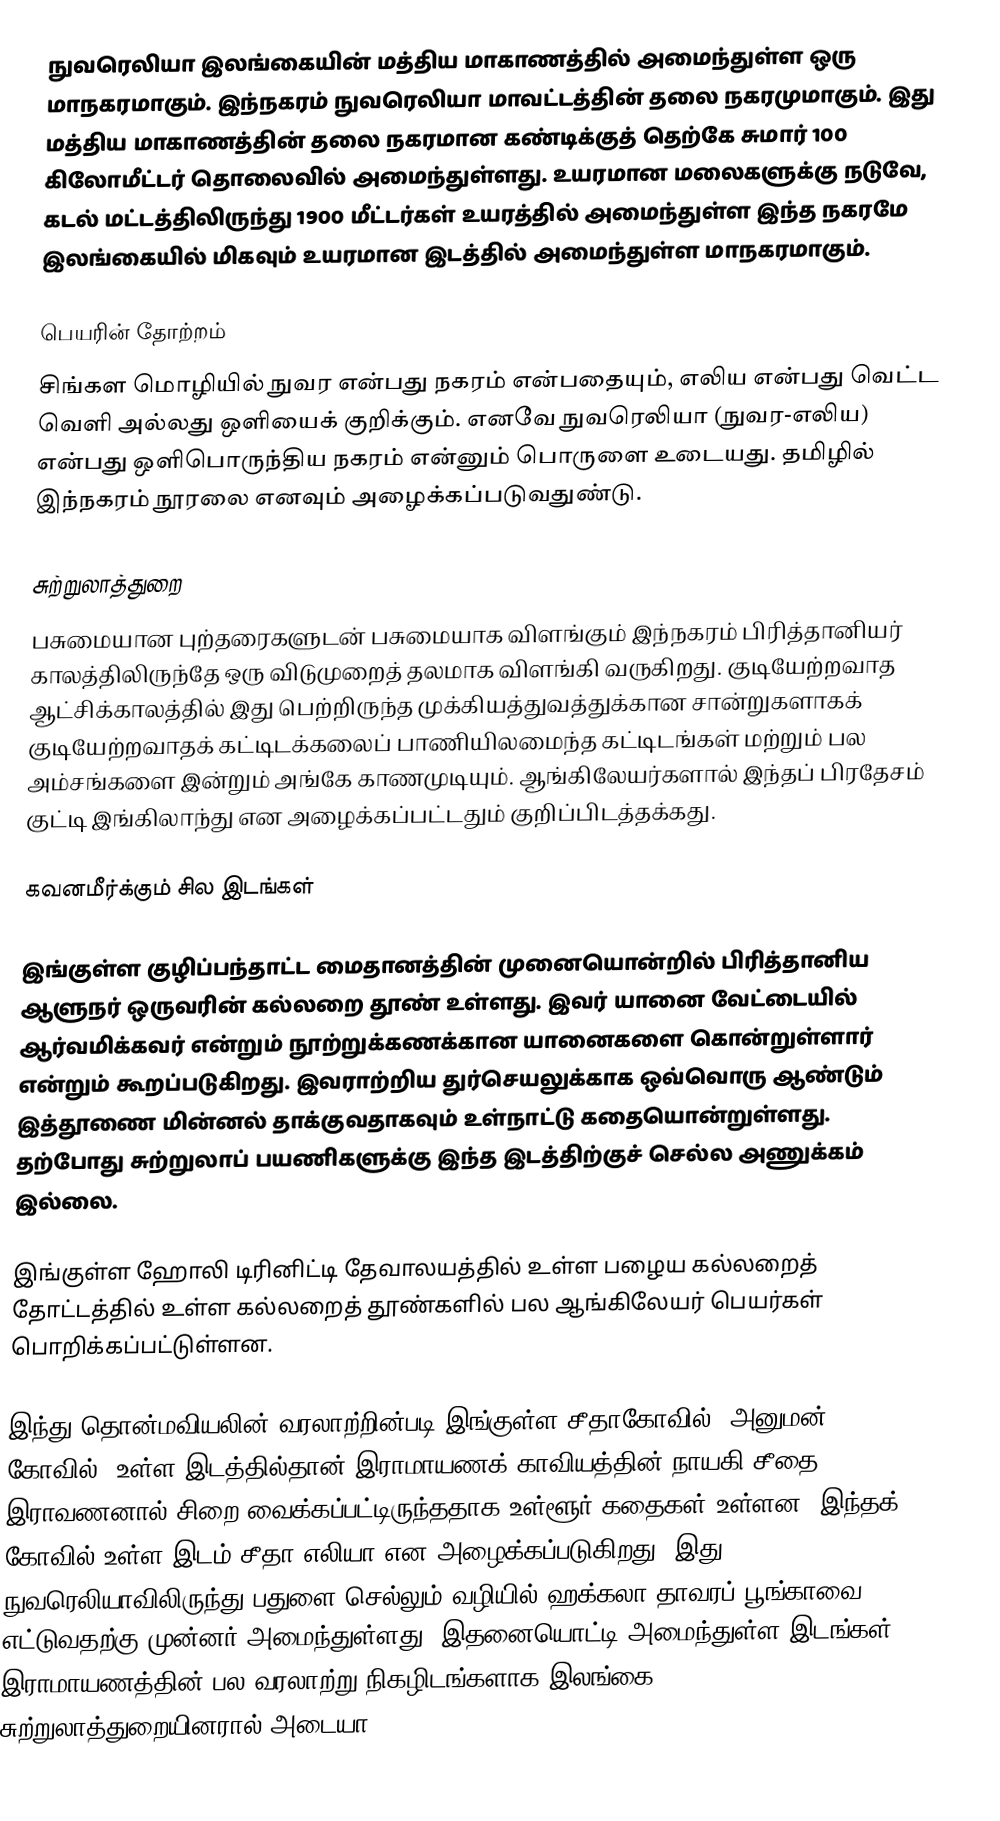
நுவரெலியா இலங்கையின் மத்திய மாகாணத்தில் அமைந்துள்ள ஒரு மாநகரமாகும். இந்நகரம் நுவரெலியா மாவட்டத்தின் தலை நகரமுமாகும். இது மத்திய மாகாணத்தின் தலை நகரமான கண்டிக்குத் தெற்கே சுமார் 100 கிலோமீட்டர் தொலைவில் அமைந்துள்ளது. உயரமான மலைகளுக்கு நடுவே, கடல் மட்டத்திலிருந்து 1900 மீட்டர்கள் உயரத்தில் அமைந்துள்ள இந்த நகரமே இலங்கையில் மிகவும் உயரமான இடத்தில் அமைந்துள்ள மாநகரமாகும்.

பெயரின் தோற்றம்
சிங்கள மொழியில் நுவர என்பது நகரம் என்பதையும், எலிய என்பது வெட்ட வெளி அல்லது  ஒளியைக்  குறிக்கும். எனவே நுவரெலியா (நுவர-எலிய) என்பது ஒளிபொருந்திய நகரம் என்னும் பொருளை உடையது. தமிழில் இந்நகரம் நூரலை எனவும் அழைக்கப்படுவதுண்டு.

சுற்றுலாத்துறை
பசுமையான புற்தரைகளுடன் பசுமையாக விளங்கும் இந்நகரம் பிரித்தானியர் காலத்திலிருந்தே ஒரு விடுமுறைத் தலமாக விளங்கி வருகிறது. குடியேற்றவாத ஆட்சிக்காலத்தில் இது பெற்றிருந்த முக்கியத்துவத்துக்கான சான்றுகளாகக் குடியேற்றவாதக் கட்டிடக்கலைப் பாணியிலமைந்த கட்டிடங்கள் மற்றும் பல அம்சங்களை இன்றும் அங்கே காணமுடியும். ஆங்கிலேயர்களால் இந்தப் பிரதேசம் குட்டி இங்கிலாந்து என அழைக்கப்பட்டதும் குறிப்பிடத்தக்கது.

கவனமீர்க்கும் சில  இடங்கள்

இங்குள்ள குழிப்பந்தாட்ட மைதானத்தின் முனையொன்றில் பிரித்தானிய ஆளுநர் ஒருவரின் கல்லறை தூண் உள்ளது. இவர் யானை வேட்டையில் ஆர்வமிக்கவர் என்றும் நூற்றுக்கணக்கான யானைகளை கொன்றுள்ளார் என்றும் கூறப்படுகிறது. இவராற்றிய துர்செயலுக்காக ஒவ்வொரு ஆண்டும் இத்தூணை மின்னல் தாக்குவதாகவும் உள்நாட்டு கதையொன்றுள்ளது. தற்போது சுற்றுலாப் பயணிகளுக்கு இந்த இடத்திற்குச் செல்ல அணுக்கம் இல்லை.

இங்குள்ள ஹோலி டிரினிட்டி தேவாலயத்தில் உள்ள பழைய கல்லறைத் தோட்டத்தில் உள்ள கல்லறைத் தூண்களில் பல ஆங்கிலேயர் பெயர்கள் பொறிக்கப்பட்டுள்ளன.

இந்து தொன்மவியலின் வரலாற்றின்படி இங்குள்ள சீதாகோவில் (அனுமன் கோவில்) உள்ள இடத்தில்தான் இராமாயணக் காவியத்தின் நாயகி சீதை இராவணனால் சிறை வைக்கப்பட்டிருந்ததாக உள்ளூர் கதைகள் உள்ளன.  இந்தக் கோவில் உள்ள இடம் சீதா எலியா என அழைக்கப்படுகிறது. இது நுவரெலியாவிலிருந்து பதுளை செல்லும் வழியில் ஹக்கலா தாவரப் பூங்காவை எட்டுவதற்கு முன்னர் அமைந்துள்ளது. இதனையொட்டி அமைந்துள்ள இடங்கள் இராமாயணத்தின் பல வரலாற்று நிகழிடங்களாக இலங்கை சுற்றுலாத்துறையினரால் அடையா